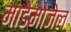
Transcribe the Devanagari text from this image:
माडेमोजेल